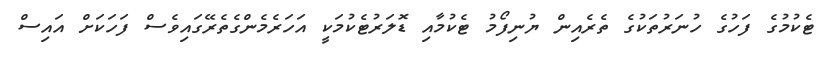
ޓެކުމުގެ ފަހުގެ ހުނަރުތަކުގެ ތެރެއިން ޔުނިފޯމު ޓެކުމާއި ޑޮލަރުޓެކުމަކީ އަހަރެމެންގެތެރޭގައިވެސް ފަހަކަށް އައިސް